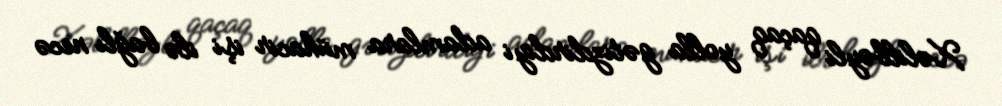
Xəlilbəyli qaçaq yolla gətizdirdiyi adamlara mühacir işi ilə bağlı necə